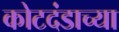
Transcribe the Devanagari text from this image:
कोटदंडाच्या